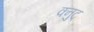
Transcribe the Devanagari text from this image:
क्नुट्